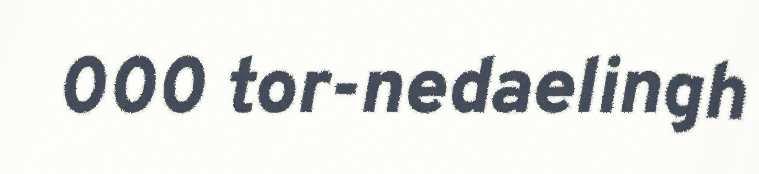
000 tor-nedaelingh